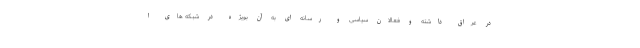
در عراق داشته و فعالان سیاسی و رسانه ای به آن بویژه در شبکه های ا